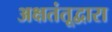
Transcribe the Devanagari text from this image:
अक्षतंतूद्वारा